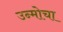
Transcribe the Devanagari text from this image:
उन्मोचा